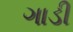
ગાડી